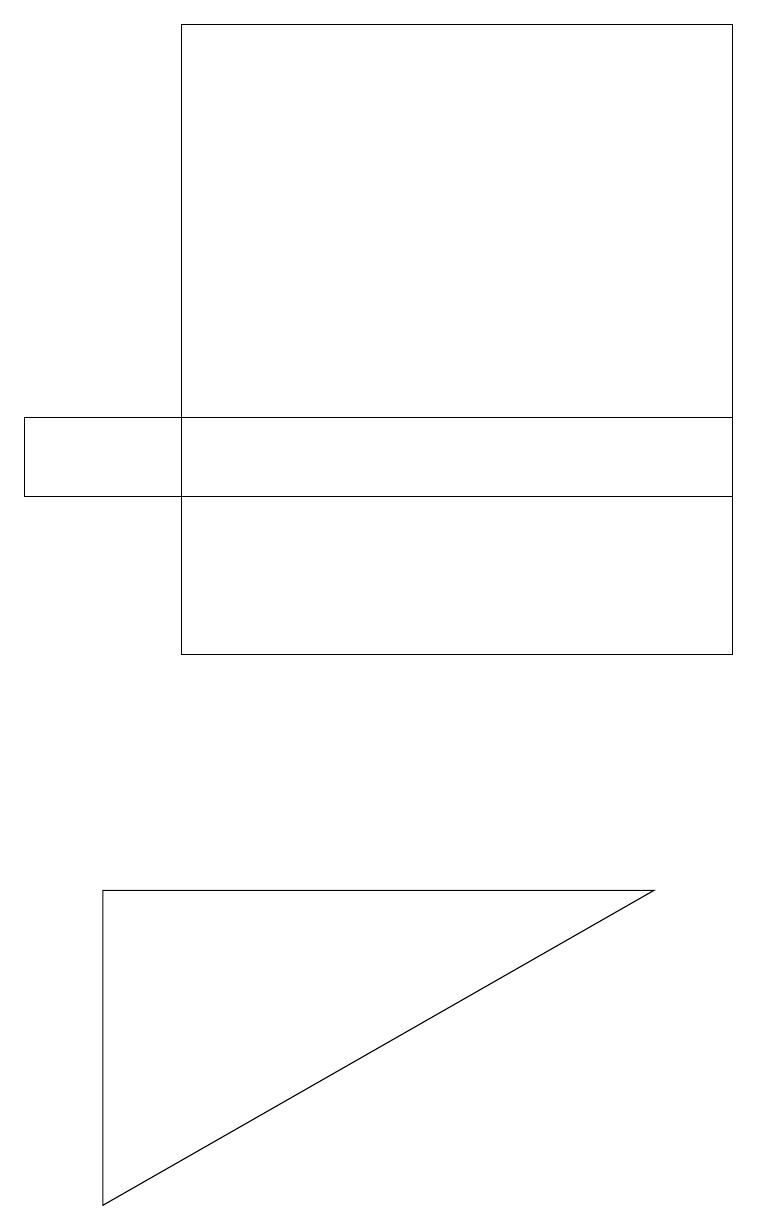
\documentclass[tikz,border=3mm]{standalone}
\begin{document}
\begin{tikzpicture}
\draw (1,7) -- (1,3) -- (8,7) -- cycle;
\draw (9,13) rectangle (0,12);
\draw (9,18) rectangle (2,10);
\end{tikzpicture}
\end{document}